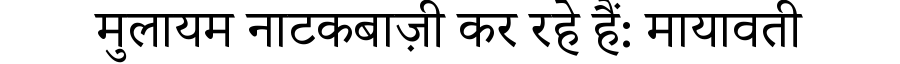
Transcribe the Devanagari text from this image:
मुलायम नाटकबाज़ी कर रहे हैं: मायावती